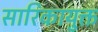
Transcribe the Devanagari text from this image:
सारिकायुक्त